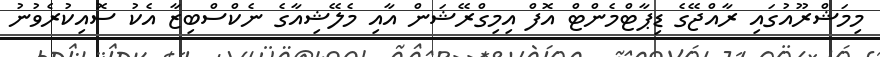
މިމަޝްރޫއުގައި ރާއްޖޭގެ ޑިޕާޓްމެންޓް އޮފް އިމިގްރޭޝަން އާއި މެލޭޝިއާގެ ނެކްސްބިޒާ އެކު ސޮއިކުރެވުނު